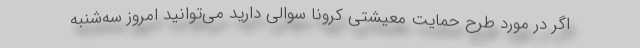
اگر در مورد طرح حمایت معیشتی کرونا سوالی دارید می‌توانید امروز سه‌شنبه